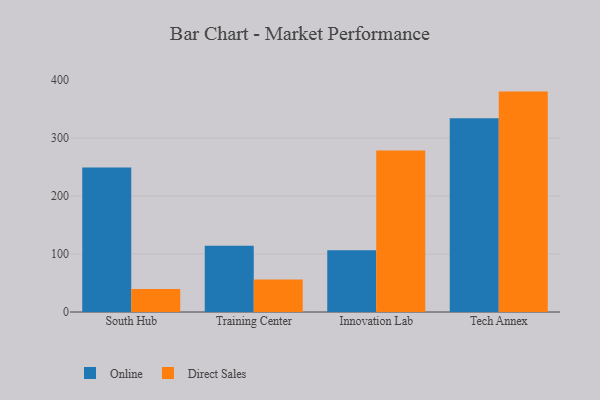
{"axis": {"x": "Campus", "y": "Bounce Rate (%)"}, "legend": ["Direct Sales", "Online"], "data": [{"x": "South Hub", "y": 249.3, "type": "Online"}, {"x": "South Hub", "y": 39.5, "type": "Direct Sales"}, {"x": "Training Center", "y": 114.5, "type": "Online"}, {"x": "Training Center", "y": 56.3, "type": "Direct Sales"}, {"x": "Innovation Lab", "y": 106.4, "type": "Online"}, {"x": "Innovation Lab", "y": 278.8, "type": "Direct Sales"}, {"x": "Tech Annex", "y": 334.2, "type": "Online"}, {"x": "Tech Annex", "y": 380.4, "type": "Direct Sales"}]}